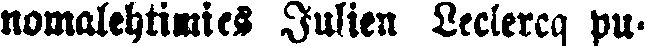
nomalehtimies Julien Leclercq pu-